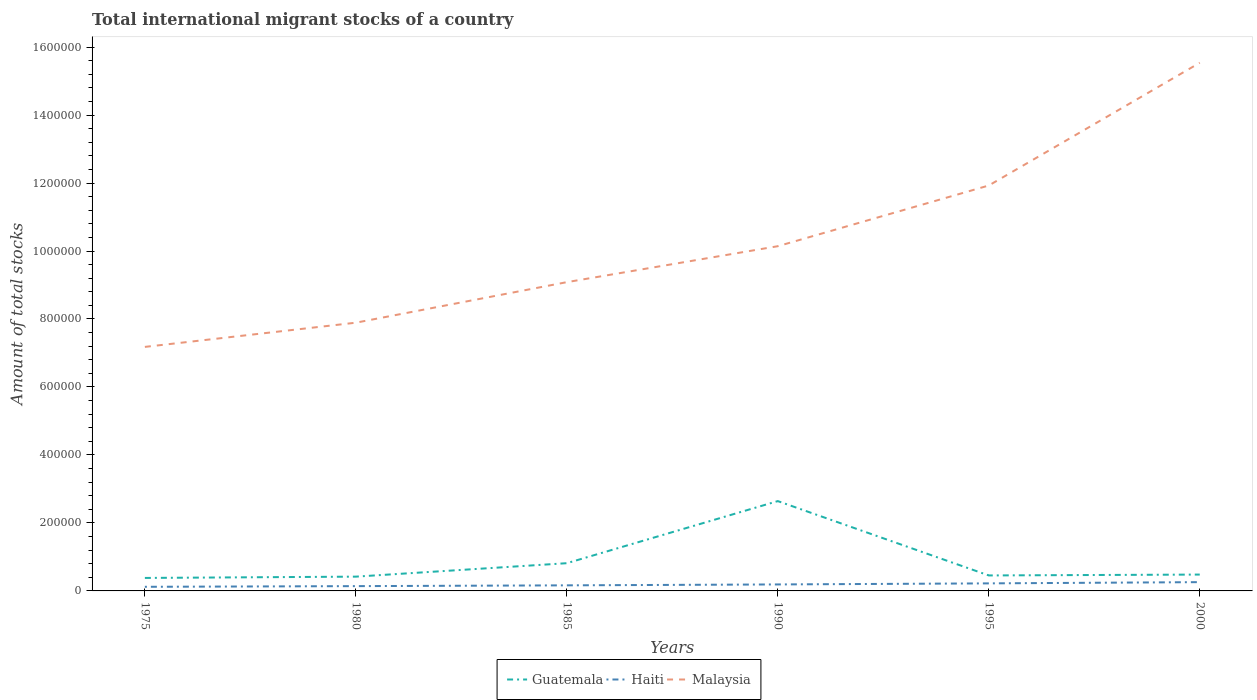
| Years | Guatemala | Haiti | Malaysia |
 | --- | --- | --- | --- |
 | 1975 | 3.82e+04 | 1.21e+04 | 7.18e+05 |
 | 1980 | 4.2e+04 | 1.41e+04 | 7.89e+05 |
 | 1985 | 8.16e+04 | 1.64e+04 | 9.08e+05 |
 | 1990 | 2.64e+05 | 1.91e+04 | 1.01e+06 |
 | 1995 | 4.55e+04 | 2.22e+04 | 1.19e+06 |
 | 2000 | 4.81e+04 | 2.58e+04 | 1.55e+06 |